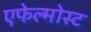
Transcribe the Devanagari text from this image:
एफेल्मोस्ट